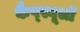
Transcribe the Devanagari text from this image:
कैप्स्यूलों